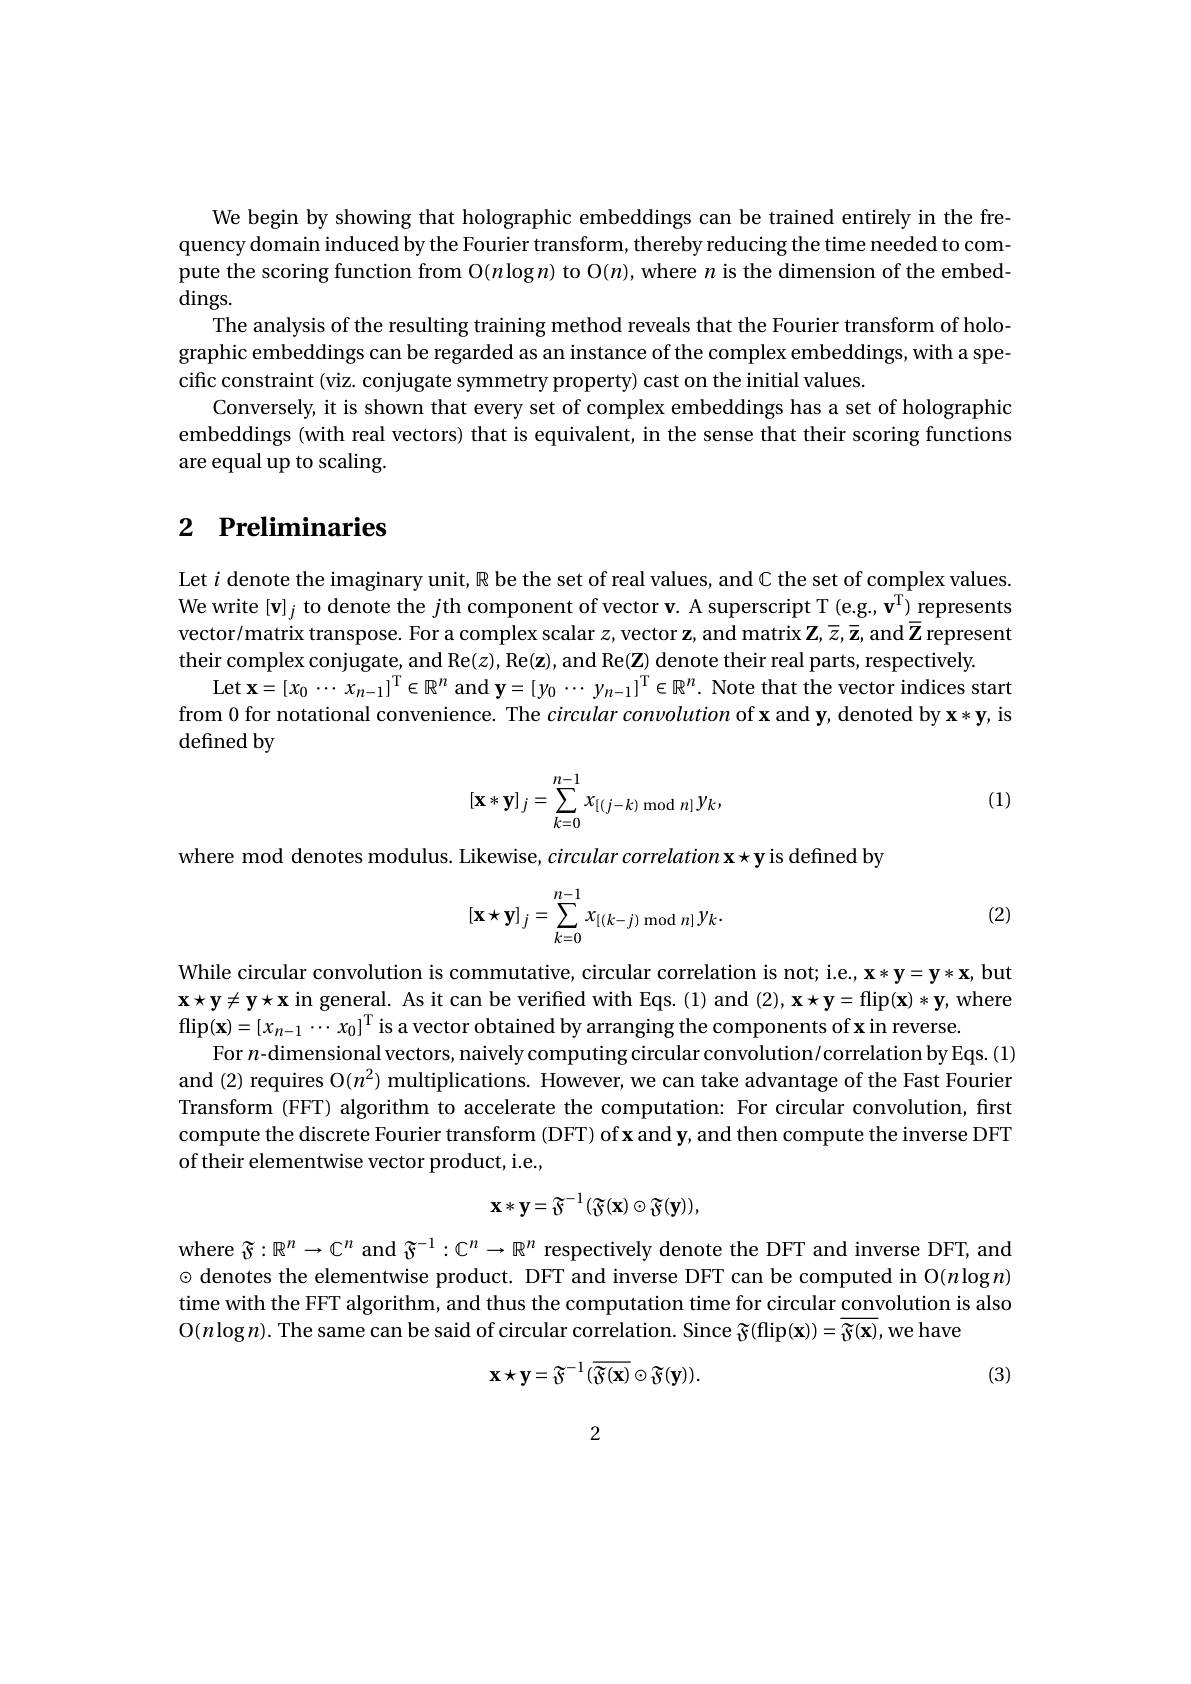
We begin by showing that holographic embeddings can be trained entirely in the fre quency domain induced by the Fourier transform, thereby reducing the time needed to com pute the scoring function from O$(n\log n)$ to O$(n)$,where $n$ is the dimension of the embed $\dim$gs.
The analysis of the resulting training method reveals that the Fourier transform of holographic embeddings can be regarded as an instance of the complex embeddings, with a specific constraint (viz. conjugate symmetry property) cast on the initial values.
Conversely, it is shown that every set of complex embeddings has a set of holographic embeddings (with real vectors) that is equivalent, in the sense that their scoring functions are equal up to scaling

# 2 Preliminaries

Let $i$ denote the imaginary unit, $\mathbb{R}$ be the set of real values, and C the set of complex values. We write [v]$_j$ to denote the $j$th component of vector v. A superscript T (e.g., v') represents vector/matrix transpose. For a complex scalar $z$,vector z, and matrix $\mathbf{Z},\bar{z},\bar{\mathbf{z}}$, and $\bar{\mathbf{Z}}$ represent their complex conjugate, and Re$(z)$, Re$(\mathbf{z})$, and Re$(\mathbf{Z})$ denote their real parts, respectively
Let $\mathbf{x} = [ x_{0}\cdots x_{n- 1}] ^{\mathrm{T} }\in \mathbb{R} ^{n}$ and $\mathbf{y} = [ y_0\cdots y_{n- 1}] ^{\mathrm{T} }\in \mathbb{R} ^{n}.$ Note that the vector indices start from 0 for notational convenience. The circular convolution of x and y, denoted by $\mathbf{x}*\mathbf{y}$,is defined by
$$[\mathbf{x}*\mathbf{y}]_j=\sum_{k=0}^{n-1}x_{[(j-k)\bmod n]}y_k,$$
(1)

where mod denotes modulus. Likewise, circular correlation x $\star\mathbf{y}$ is defined by

(2)
$$[\mathbf{x}\star\mathbf{y}]_j=\sum\limits_{k=0}^{n-1}x_{[(k-j)\bmod n]}y_k.$$
While circular convolution is commutative, circular correlation is not; i.e., $\mathbf{x}*\mathbf{y}=\mathbf{y}*\mathbf{x}$, but $\mathbf{x}\star\mathbf{y}\neq\mathbf{y}\star\mathbf{x}$ in general. As it can be verified with Eqs.(1) and (2), x $\star\mathbf{y}=$flip(x) * y, where $\operatorname { flip} ( \mathbf{x} ) = [ x_{n- 1}\cdots x_{0}] ^{\mathrm{T} }$ is a vector obtained by arranging the components of x in reverse.
For $n$-dimensional vectors, naively computing circular convolution/correlation by Eqs. (1) and (2) requires O($n^2$) multiplications. However, we can take advantage of the Fast Fourier Transform (FFT) algorithm to accelerate the computation: For circular convolution, first compute the discrete Fourier transform (DFT) of x and y, and then compute the inverse DFT of their elementwise vector product, i.e.
$$\mathbf{x}*\mathbf{y}=\mathfrak{F}^{-1}(\mathfrak{F}(\mathbf{x})\odot\mathfrak{F}(\mathbf{y})),$$
where $\widetilde{\mathfrak{r}}:\mathbb{R}^n\to\mathbb{C}^n$ and $\widetilde{\mathfrak{r}}^-1:\mathbb{C}^n\to\mathbb{R}^n$ respectively denote the DFT and inverse DFT, and $\odot$ denotes the elementwise product. DFT and inverse DFT can be computed in O($n\log n)$ time with the FFT algorithm, and thus the computation time for circular convolution is also $\mathcal{O}(n\log n).$ The same can be said of circular correlation. Since $\widetilde{\Im}($flip$(\mathbf{x}))=\overline\widetilde{\Im(\mathbf{x})}$,we have
$$\mathbf{x}\star\mathbf{y}=\mathfrak{F}^{-1}(\overline{{\mathfrak{F}(\mathbf{x})}}\odot\mathfrak{F}(\mathbf{y})).$$
(3)

2